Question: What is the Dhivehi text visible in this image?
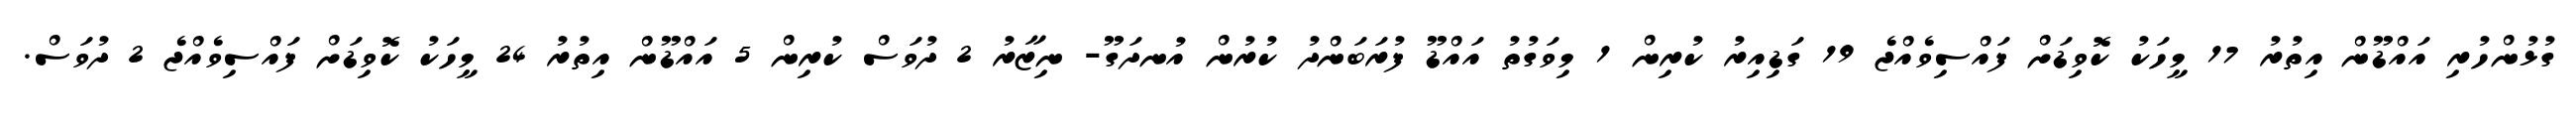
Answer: ގުޅުންހުރި އައްޑޫން އިތުރު 17 މީހަކު ކޮވިޑަށް ފައްސިވެއްޖެ 19 ގަޑިއިރު ކުރިން 1 މިވަގުތު އައްޑޫ ފުރަބަންދު ކުރުން އުނދަގޫ- ނިޒާރު 2 ދުވަސް ކުރިން 5 އައްޑޫން އިތުރު 24 މީހަކު ކޮވިޑަށް ފައްސިވެއްޖެ 2 ދުވަސް.